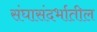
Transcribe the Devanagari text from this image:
संघासंदर्भातील